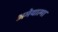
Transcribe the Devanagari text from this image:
अमेयात्मा